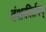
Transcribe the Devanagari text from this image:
वंशकीर्तनम्